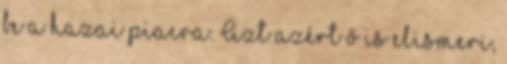
be a hazai piacra. Azt azért ő is elismeri,